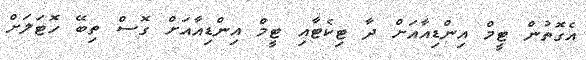
އެގޮތުން ޓީމް އިންޑިއާއަށް ދާ ޓިކެޓާއި ޓީމް އިންޑިއާއަށް ގޮސް ތިބޭ ހޮޓަލަށް